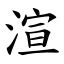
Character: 渲